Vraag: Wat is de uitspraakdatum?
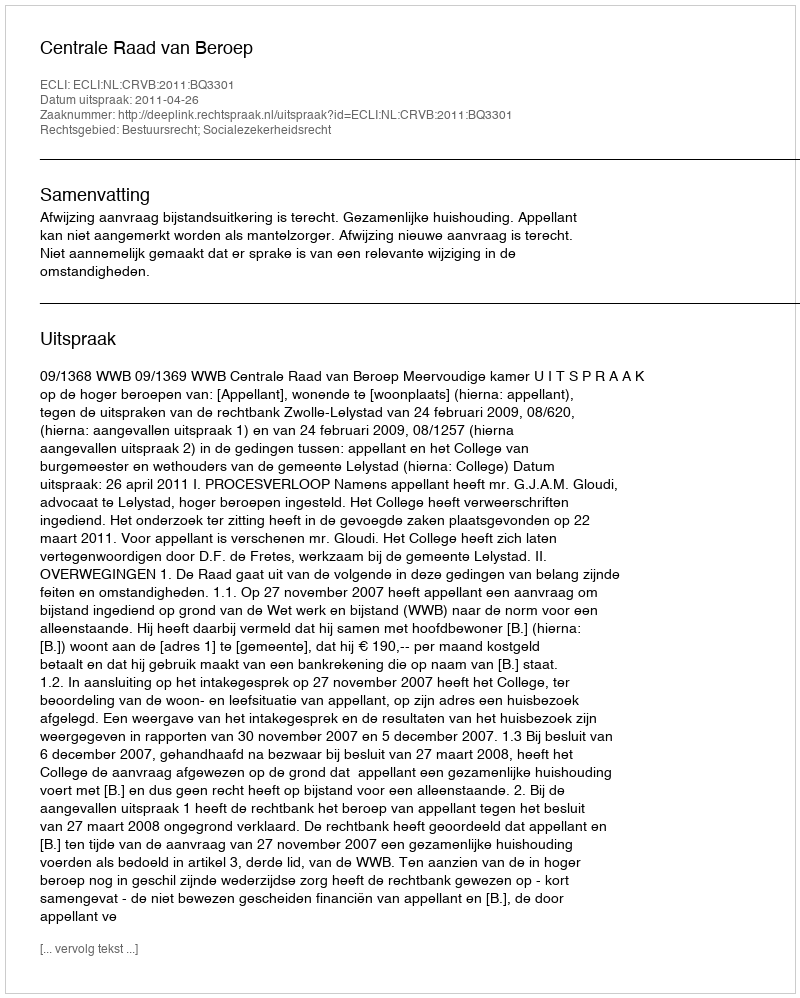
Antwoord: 2011-04-26